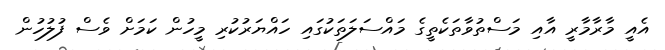
އެއީ މާރާމާރީ އާއި މަސްތުވާތަކެތީގެ މައްސަލަތަކުގައި ހައްޔަރުކުރި މީހުން ކަމަށް ވެސް ފުލުހުން